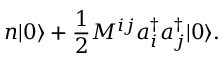
n | 0 \rangle + \frac { 1 } { 2 } M ^ { i j } a _ { i } ^ { \dagger } a _ { j } ^ { \dagger } | 0 \rangle .